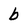
Character: b